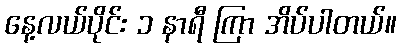
နေ့လယ်ပိုင်း ၁ နာရီ ကြာ အိပ်ပါတယ်။